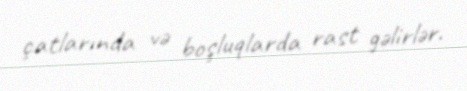
çatlarında və boşluqlarda rast gəlirlər.